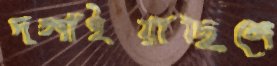
দলাইয়াছিলে